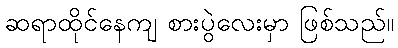
ဆရာထိုင်နေကျ စားပွဲလေးမှာ ဖြစ်သည်။